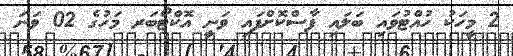
2 މީހަކު ހުއްޓުވައި ބަލައި ފާސްކޮށްފައި ވަނީ އޮކްޓޯބަރ މަހުގެ 02 ވަނަ